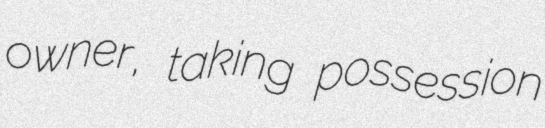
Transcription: owner, taking possession